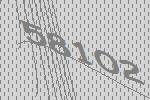
58102